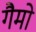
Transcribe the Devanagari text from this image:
गैमो